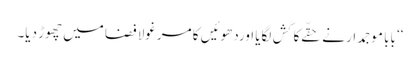
‘‘ بابا موجمدار نے حقّےکا کَش لگایا اوردھوئیں کا مرغولا فضا میں چھوڑ دیا۔